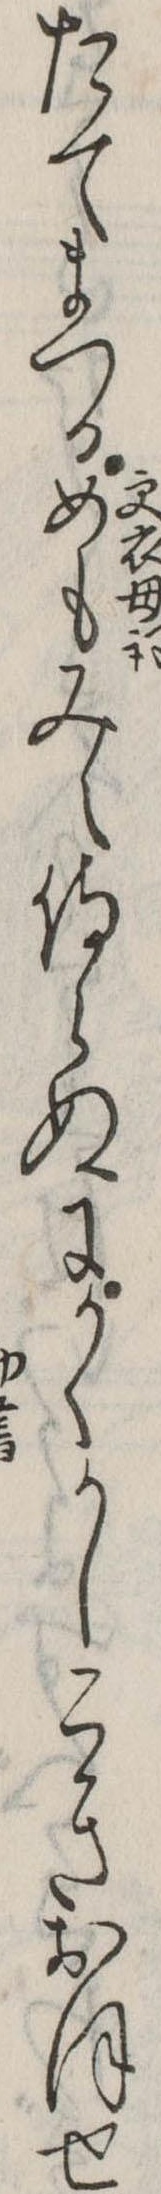
たてまつるめもみえ侍らぬにかくかしこきおほせ